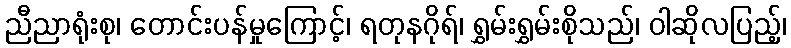
ညီညာရုံးစု၊ တောင်းပန်မှုကြောင့်၊ ရတုနဂိုရ်၊ ရွှမ်းရွှမ်းစိုသည်၊ ဝါဆိုလပြည့်၊